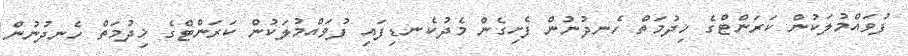
ފުވައްމުލަކުން ކަރަންޓްގެ ޚިދުމަތް ހެނދުނުން ފެށިގެން މެދުކެނޑިފައި ފުވައްމުލަކުން ކަރަންޓްގެ ޚިދުމަތް ހެނދުނުން